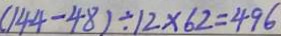
( 1 4 4 - 4 8 ) \div 1 2 \times 6 2 = 4 9 6